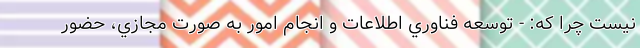
نيست چرا که: - توسعه فناوري اطلاعات و انجام امور به صورت مجازي، حضور